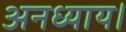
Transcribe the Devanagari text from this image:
अनध्याय।